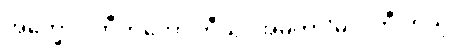
အက္ခော ဝိဘီတကော တီသု၊ အမတာ’မလကီ တိသု။